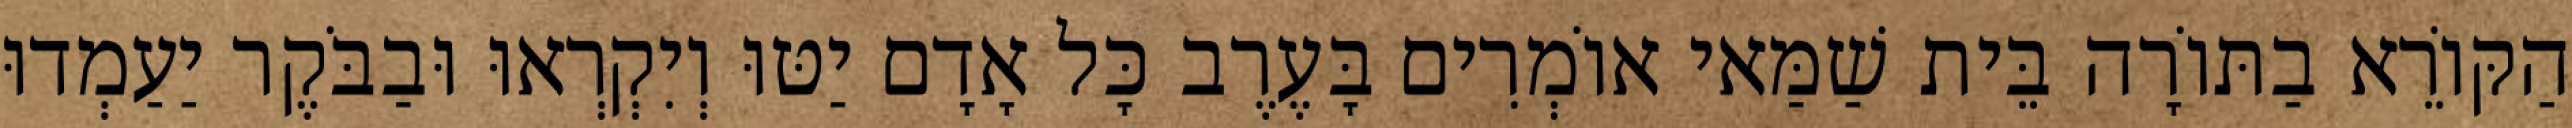
הַקּוֹרֵא בַתּוֹרָה בֵּית שַׁמַּאי אוֹמְרִים בָּעֶרֶב כָּל אָדָם יַטּוּ וְיִקְרְאוּ וּבַבֹּקֶר יַעַמְדוּ